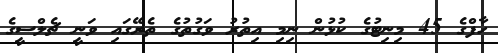
ހާފްގެ 45 މިނިޓުގެ ކުޅުން ނިމި އިތުރު ވަގުތުގެ ތެރޭގައި ވަނީ ޗެލްސީގެ